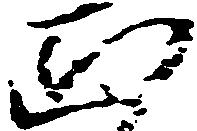
正